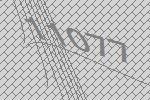
11077